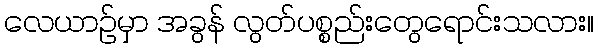
လေယာဉ်မှာ အခွန် လွတ်ပစ္စည်းတွေရောင်းသလား။